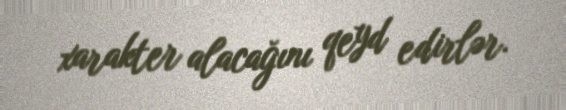
xarakter alacağını qeyd edirlər.